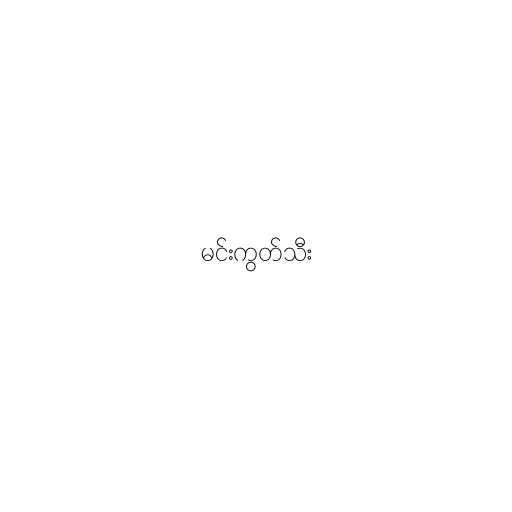
မင်းကွတ်သီး